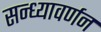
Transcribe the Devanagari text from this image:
सन्ध्यावर्णन